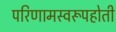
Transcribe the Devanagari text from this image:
परिणामस्वरूपहोती